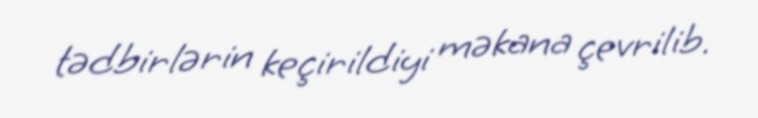
tədbirlərin keçirildiyi məkana çevrilib.